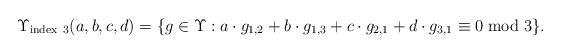
LaTeX: \begin{align*}\Upsilon_{\mathrm{index}\ 3}(a, b,c,d)=\{ g \in \Upsilon :a\cdot g_{1,2}+b\cdot g_{1,3}+c\cdot g_{2,1}+d\cdot g_{3,1}\equiv 0 \bmod 3\}.\end{align*}